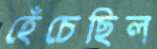
হেঁচেছিল